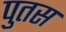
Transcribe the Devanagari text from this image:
पुतस